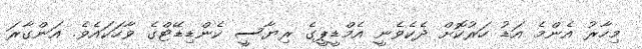
މިހާރު އެންމެ އަޑު ހަރުކޮށް ދެކެވެނީ އެމްޑީޕީގެ ރިޔާސީ ކެންޑިޑޭޓްގެ ވާހަކައެވެ. އަންގާރަ